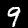
Label: 9